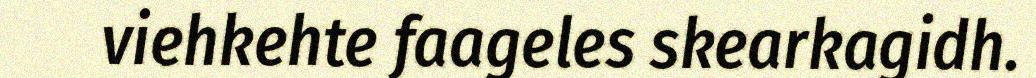
viehkehte faageles skearkagidh.